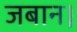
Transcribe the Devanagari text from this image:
जबान।